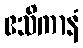
ဧသိကာနံ